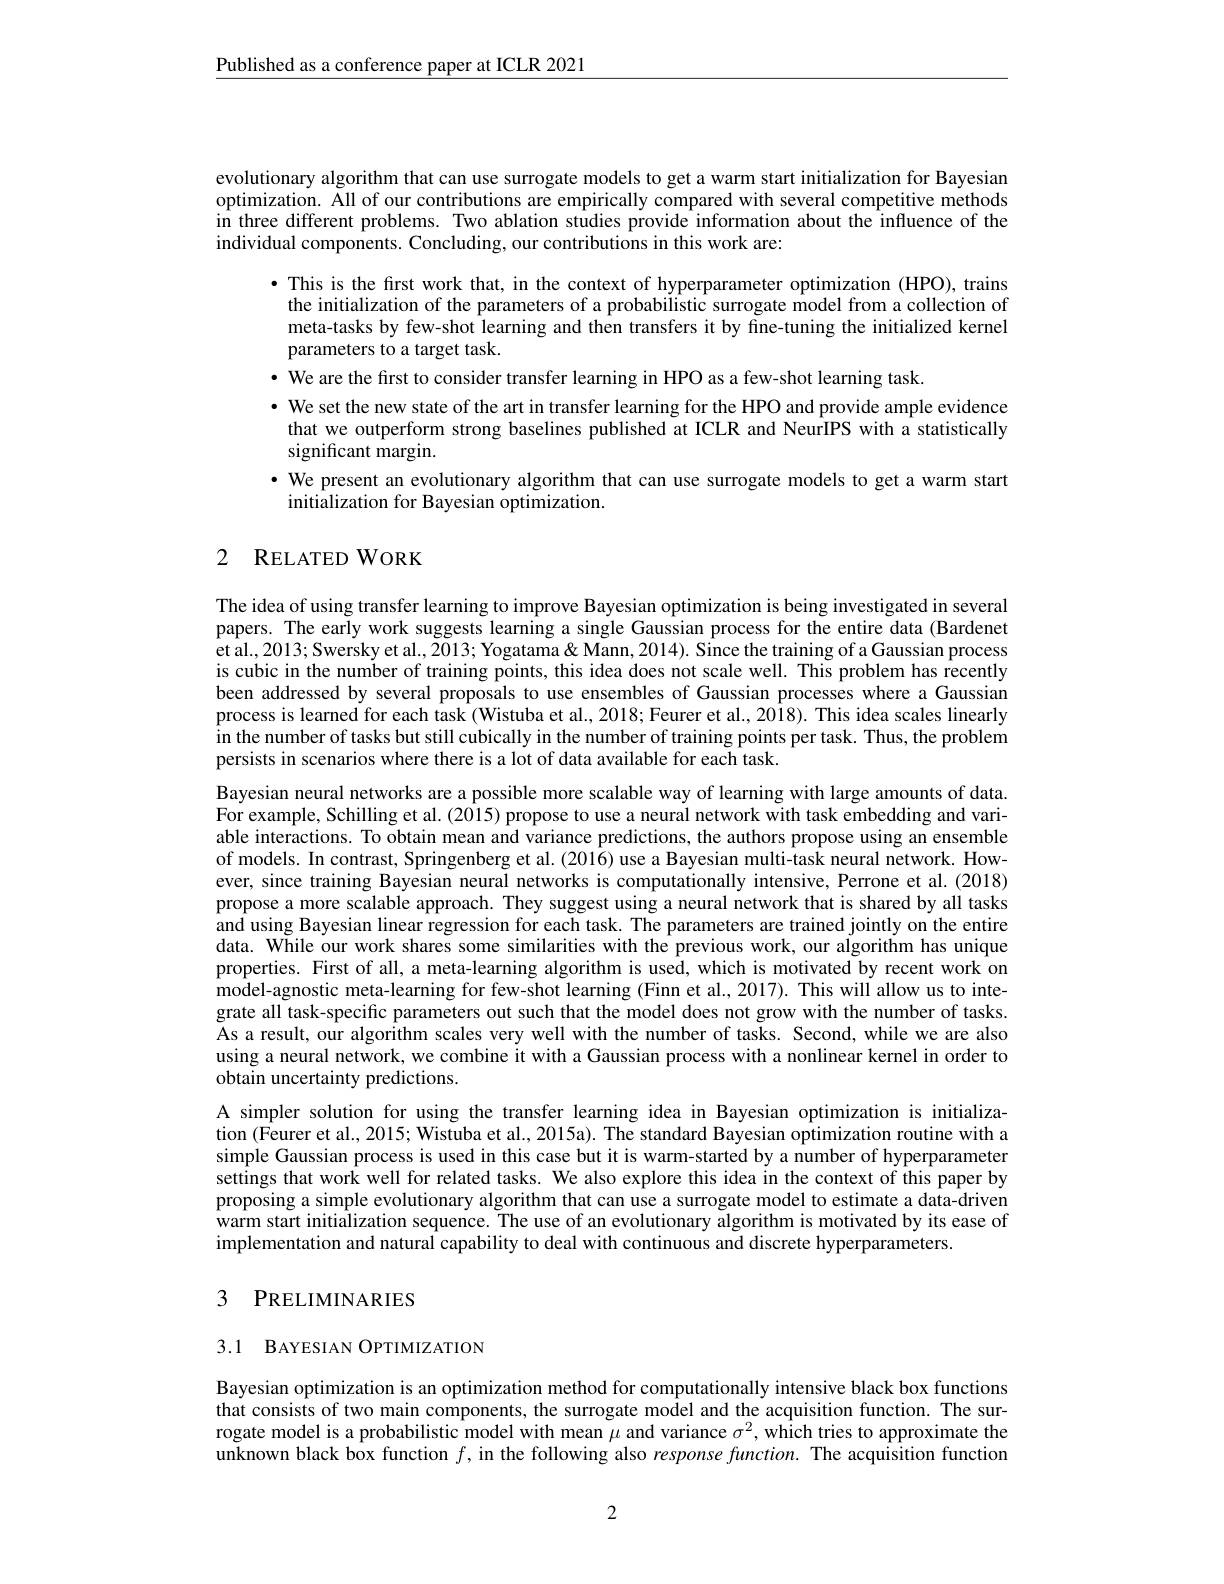
$\underline{\text{Published as a conference paper at ICLR 2021}}$

evolutionary algorithm that can use surrogate models to get a warm start initialization for Bayesian optimization. All of our contributions are empirically compared with several competitive methods in three different problems. Two ablation studies provide information about the influence of the individual components. Concluding, our contributions in this work are:
·This is the first work that, in the context of hyperparameter optimization (HPO), trains the initialization of the parameters of a probabilistic surrogate model from a collection of meta-tasks by few-shot learning and then transfers it by fine-tuning the initialized kernel parameters to a target task.
· We are the first to consider transfer learning in HPO as a few-shot learning task.
· We set the new state of the art in transfer learning for the HPO and provide ample evidence
that we outperform strong baselines published at ICLR and NeurIPS with a statistically
significant margin.
$\cdot$ We present an evolutionary algorithm that can use surrogate models to get a warm start
initialization for Bayesian optimization.

## 2 RELATEDWORK

The idea of using transfer learning to improve Bayesian optimization is being investigated in several papers. The early work suggests learning a single Gaussian process for the entire data (Bardenet et al., 2013; Swersky et al., $\tilde{20}13;$ Yogatama & Mann, 2014). Since the training of a Gaussian process is cubic in the number of training points, this idea does not scale well. This problem has recently been addressed by several proposals to use ensembles of Gaussian processes where a Gaussian process is learned for each task (Wistuba et al., 2018; Feurer et al., 2018). This idea scales linearly in the number of tasks but still cubically in the number of training points per task. Thus, the problem persists in scenarios where there is a lot of data available for each task.
Bayesian neural networks are a possible more scalable way of learning with large amounts of data. For example, Schilling et al. (2015) propose to use a neural network with task embedding and variable interactions. To obtain mean and variance predictions, the authors propose using an ensemble of models. In contrast, Springenberg et al. (2016) use a Bayesian multi-task neural network. However, since training Bayesian neural networks is computationally intensive, Perrone et al.(2018) propose a more scalable approach. They suggest using a neural network that is shared by all tasks and using Bayesian linear regression for each task. The parameters are trained jointly on the entire data. While our work shares some similarities with the previous work, our algorithm has unique properties. First of all, a meta-learning algorithm is used, which is motivated by recent work on model-agnostic meta-learning for few-shot learning (Finn et al., 2017). This will allow us to integrate all task-specific parameters out such that the model does not grow with the number of tasks. As a result, our algorithm scales very well with the number of tasks. Second, while we are also using a neural network, we combine it with a Gaussian process with a nonlinear kernel in order to obtain uncertainty predictions.
A simpler solution for using the transfer learning idea in Bayesian optimization is initialization (Feurer et al., 2015; Wistuba et al., 2015a). The standard Bayesian optimization routine with a simple Gaussian process is used in this case but it is warm-started by a number of hyperparameter settings that work well for related tasks. We also explore this idea in the context of this paper by proposing a simple evolutionary algorithm that can use a surrogate model to estimate a data-driven warm start initialization sequence. The use of an evolutionary algorithm is motivated by its ease of implementation and natural capability to deal with continuous and discrete hyperparameters.

# 3 PRELIMINARIES

3.1 BAYESIAN OPTIMIZATION

Bayesian optimization is an optimization method for computationally intensive black box functions that consists of two main components, the surrogate model and the acquisition function. The surrogate model is a probabilistic model with mean $\mu$ and variance $\sigma^2$, which tries to approximate the unknown black box function $f$, in the following also response function. The acquisition function

2